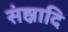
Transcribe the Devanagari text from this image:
संह्नादि